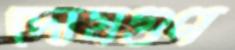
দোষগুণ